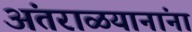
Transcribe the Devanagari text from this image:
अंतराळयानांना